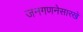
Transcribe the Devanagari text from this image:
जनगणनेसारखे